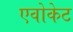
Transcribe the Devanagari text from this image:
एवोकेट